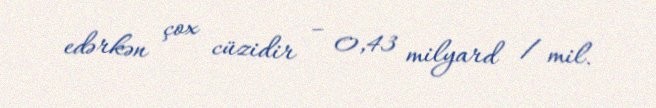
edərkən çox cüzidir – 0,43 milyard / mil.